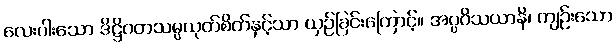
လေးပါးသော ဒိဋ္ဌိဂတသမ္ပယုတ်စိတ်နှင့်သာ ယှဉ်ခြင်းကြောင့်။ အပ္ပဝိသယာနိ၊ ကျဉ်းသော